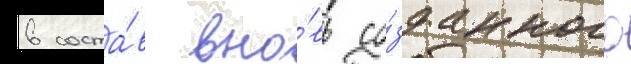
в соста́в вно́вь со́зданного